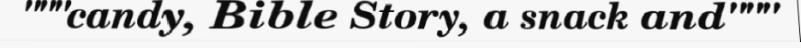
"""candy, Bible Story, a snack and"""